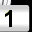
Digit: 1